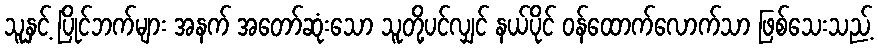
သူနှင့် ပြိုင်ဘက်များ အနက် အတော်ဆုံးသော သူတို့ပင်လျှင် နယ်ပိုင် ဝန်ထောက်လောက်သာ ဖြစ်သေးသည့်